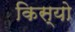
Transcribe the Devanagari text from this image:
किस्यो